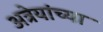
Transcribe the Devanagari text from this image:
अत्रेयांच्या